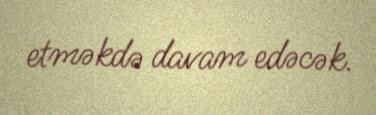
etməkdə davam edəcək.